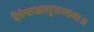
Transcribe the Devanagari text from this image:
दैतेयाश्चासुरास्तथा॥